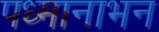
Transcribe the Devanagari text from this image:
पध्मानाभन